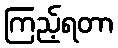
ကြည့်ရတာ